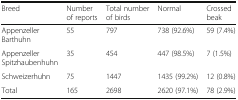
| Breed | Number of reports | Total number of birds | Normal | Crossed beak |
 | --- | --- | --- | --- | --- |
 | Appenzeller Barthuhn | 55 | 797 | 738 (92.6%) | 59 (7.4%) |
 | Appenzeller Spitzhaubenhuhn | 35 | 454 | 447 (98.5%) | 7 (1.5%) |
 | Schweizerhuhn | 75 | 1447 | 1435 (99.2%) | 12 (0.8%) |
 | Total | 165 | 2698 | 2620 (97.1%) | 78 (2.9%) |